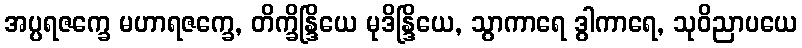
အပ္ပရဇက္ခေ မဟာရဇက္ခေ, တိက္ခိန္ဒြိယေ မုဒိန္ဒြိယေ, သွာကာရေ ဒွါကာရေ, သုဝိညာပယေ